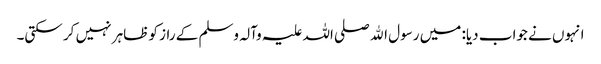
انہوں نے جواب دیا: میں رسول اﷲ صلی اللہ علیہ وآلہ وسلم کے راز کو ظاہر نہیں کر سکتی۔